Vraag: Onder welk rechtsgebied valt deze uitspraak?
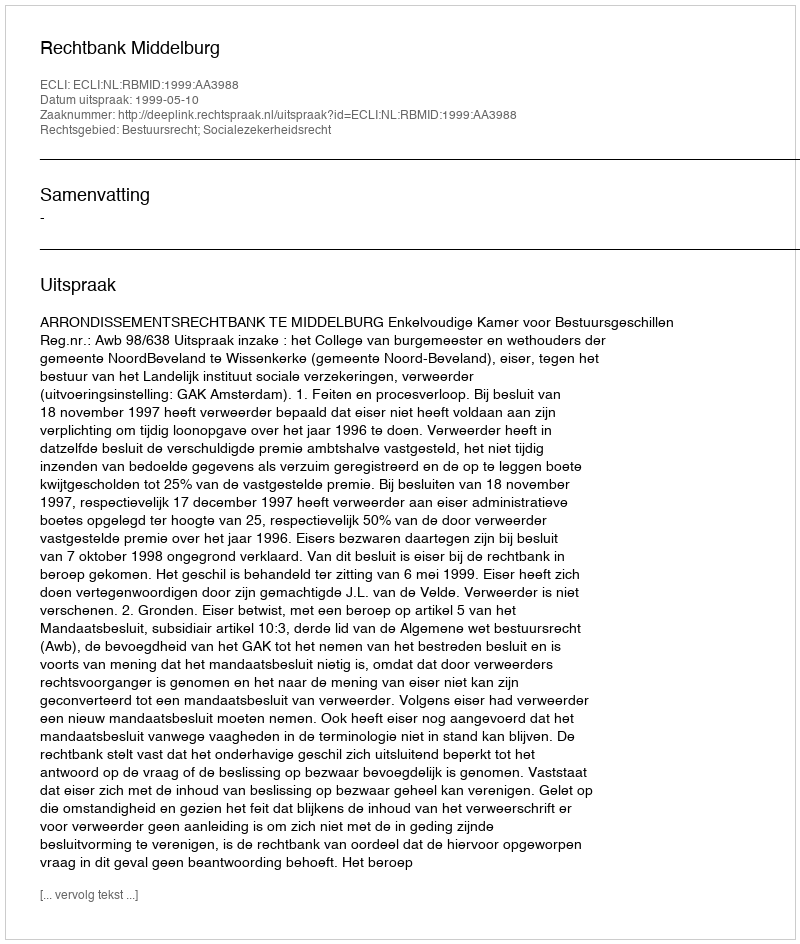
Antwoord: Bestuursrecht; Socialezekerheidsrecht